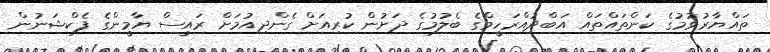
ތައްޔާރުވުމުގެ ކަންތައްތައް އަބްދުއްރަހީމްގެ ބެލުމުގެ ދަށުން ކުރިއަށް ގެންދިއުމަށް ރައީސް ޔާމީންގެ ފެކްޝަނުން